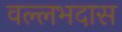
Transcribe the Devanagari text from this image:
वल्लभदास